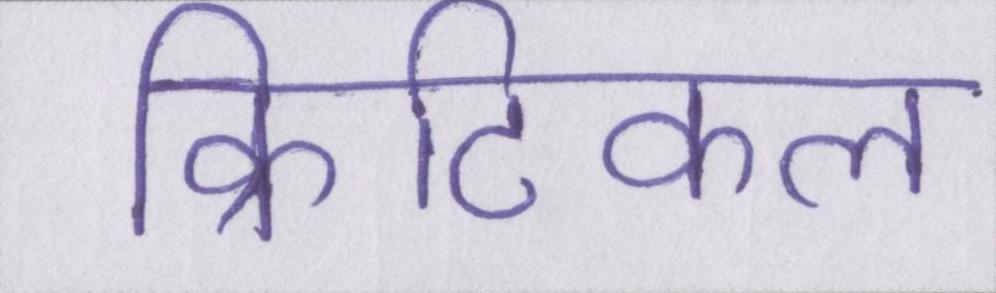
क्रिटिकल